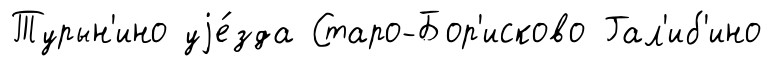
Турын'ино уjе́зда Старо-Бор'исково Гал'иб'ино